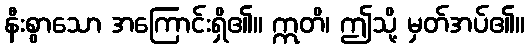
နီးစွာသော အကြောင်းရှိ၏။ ဣတိ၊ ဤသို့ မှတ်အပ်၏။